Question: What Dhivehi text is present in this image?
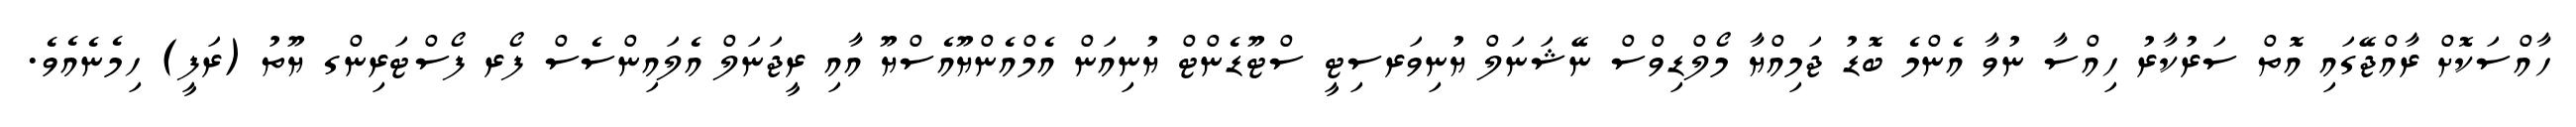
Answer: ހާއްސަކޮށް ރާއްޖޭގައި އޮތް ސަރުކާރު ހިއްސާ ނުވާ އެންމެ ބޮޑު ޖަމިއްޔާ މޯލްޑިވްސް ނޭޝަނަލް ޔުނިވަރސިޓީ ސްޓޫޑެންޓް ޔުނިއަން އެމްއެންޔޫއެސްޔޫ އާއި ރީޖަނަލް އެލައިންސެސް ފޯރ ފޯސްޓަރިންގ ޔޫތު (ރަފީ) ހިމެނެއެވެ.